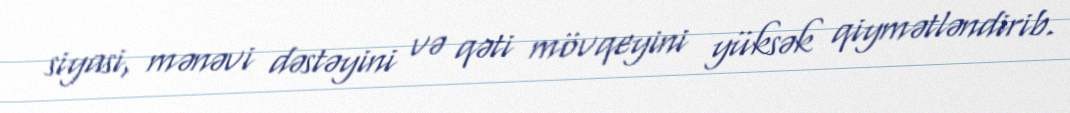
siyasi, mənəvi dəstəyini və qəti mövqeyini yüksək qiymətləndirib.